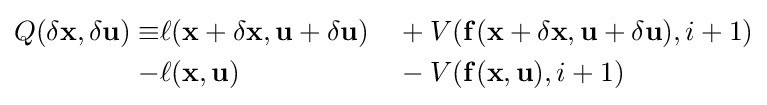
{\begin{aligned}Q(\delta \mathbf {x} ,\delta \mathbf {u} )\equiv &\ell (\mathbf {x} +\delta \mathbf {x} ,\mathbf {u} +\delta \mathbf {u} )&&{}+V(\mathbf {f} (\mathbf {x} +\delta \mathbf {x} ,\mathbf {u} +\delta \mathbf {u} ),i+1)\\-&\ell (\mathbf {x} ,\mathbf {u} )&&{}-V(\mathbf {f} (\mathbf {x} ,\mathbf {u} ),i+1)\end{aligned}}